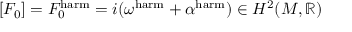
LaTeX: [ F _ { 0 } ] = F _ { 0 } ^ { \mathrm { h a r m } } = i ( \omega ^ { \mathrm { h a r m } } + \alpha ^ { \mathrm { h a r m } } ) \in H ^ { 2 } ( M , \mathbb { R } )